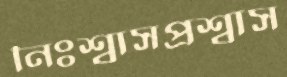
নিঃশ্বাসপ্রশ্বাস